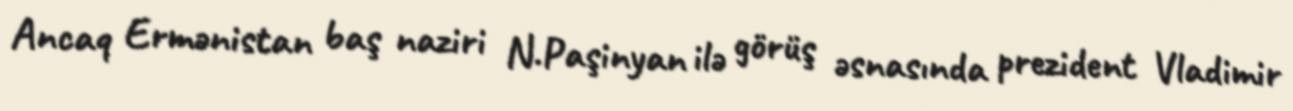
Ancaq Ermənistan baş naziri N.Paşinyan ilə görüş əsnasında prezident Vladimir